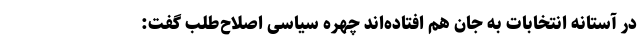
در آستانه انتخابات به جان هم افتاده‌اند چهره سیاسی اصلاح‌طلب گفت: